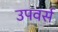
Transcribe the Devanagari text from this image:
उपवर्स